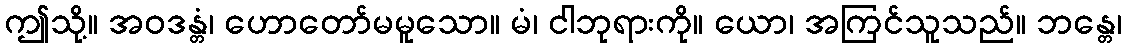
ဤသို့။ အဝဒန္တံ၊ ဟောတော်မမူသော။ မံ၊ ငါဘုရားကို။ ယော၊ အကြင်သူသည်။ ဘန္တေ၊